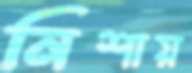
নিশায়